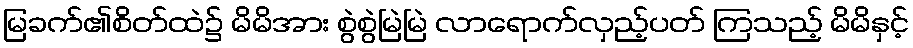
မြခက်၏စိတ်ထဲ၌ မိမိအား စွဲစွဲမြဲမြဲ လာရောက်လှည့်ပတ် ကြသည့် မိမိနှင့်